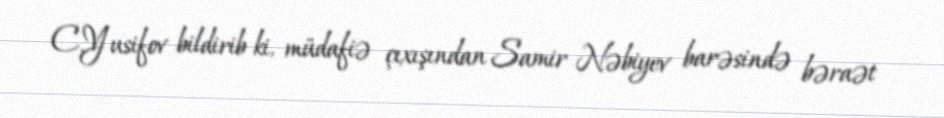
C.Yusifov bildirib ki, müdafiə çıxışından Samir Nəbiyev barəsində bəraət